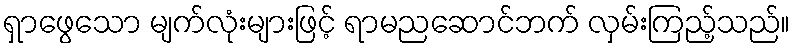
ရှာဖွေသော မျက်လုံးများဖြင့် ရာမညဆောင်ဘက် လှမ်းကြည့်သည်။